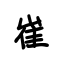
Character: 崔